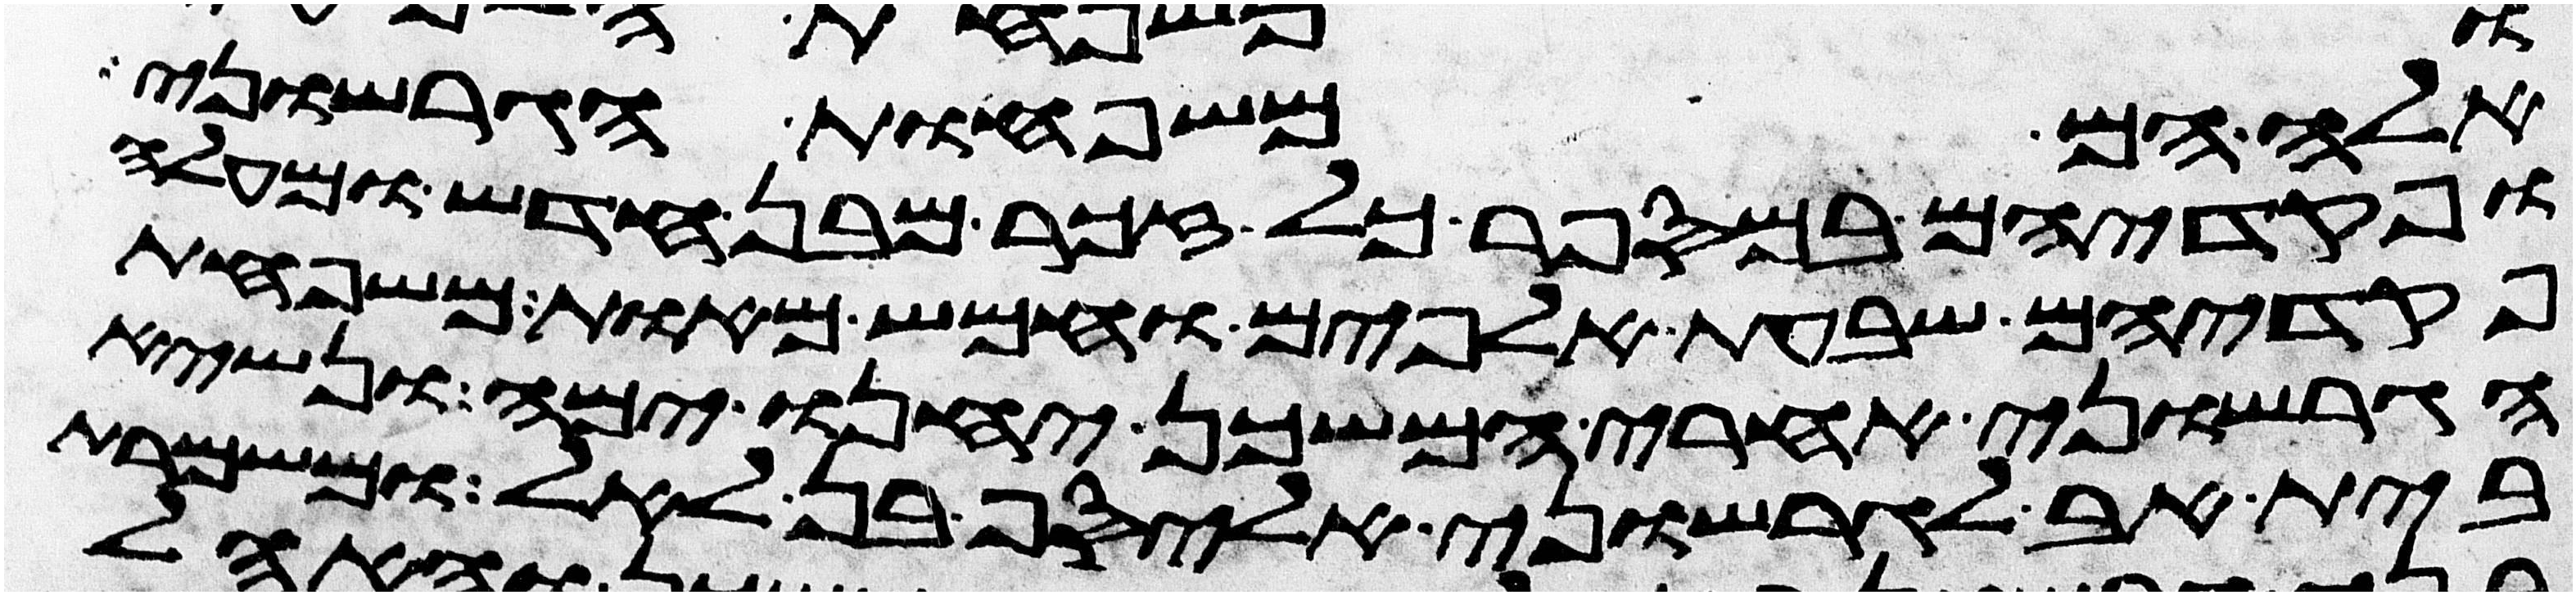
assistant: אלה הם משפחות הגרשוני
ופקדיהם במספר כל זכר מבן חדש ומעלה
פקדיהם שבעת אלפים וחמש מאות משפחת
הגרשוני אחרי המשכן יחנו ימה ונשיא
בית אב לגרשוני אליסף בן לאל ומשמרת